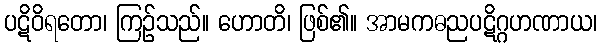
ပဋိဝိရတော၊ ကြဉ်သည်။ ဟောတိ၊ ဖြစ်၏။ အာမကဓညပဋိဂ္ဂဟဏာယ၊